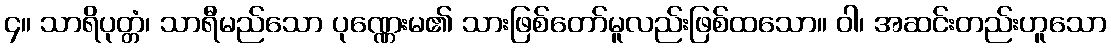
၄။ သာရိပုတ္တံ၊ သာရီမည်သော ပုဏ္ဏေးမ၏ သားဖြစ်တော်မူလည်းဖြစ်ထသော။ ဝါ၊ အဆင်းတည်းဟူသော